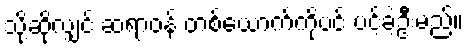
သို့ဆိုလျှင် ဆရာဝန် တစ်ယောက်ကိုပင် ပင့်ခဲ့ဦးမည်။